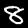
Digit: 8